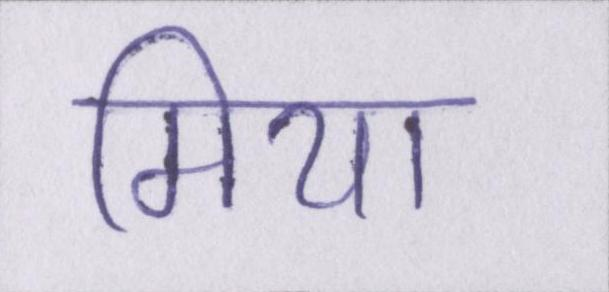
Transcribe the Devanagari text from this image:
मियाँ